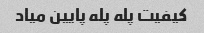
کیفیت پله پله پایین میاد